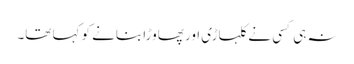
نہ ہی کسی نے کلہاڑی اور پھاوڑا بنانے کو کہا تھا۔